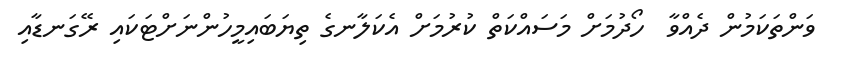
ވަންތަކަމުން ދެއްވާ  ހޯދުމަށް މަސައްކަތް ކުރުމަށް އެކަލާނގެ ތިޔަބައިމީހުންނަށްޓަކައި ރޭގަނޑާއި